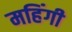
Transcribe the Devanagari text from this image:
महिंगी